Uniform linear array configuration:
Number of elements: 12
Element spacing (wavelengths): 0.25
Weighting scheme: uniform
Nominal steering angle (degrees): -30
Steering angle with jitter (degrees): -28.096
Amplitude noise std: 0.05
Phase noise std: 0.05

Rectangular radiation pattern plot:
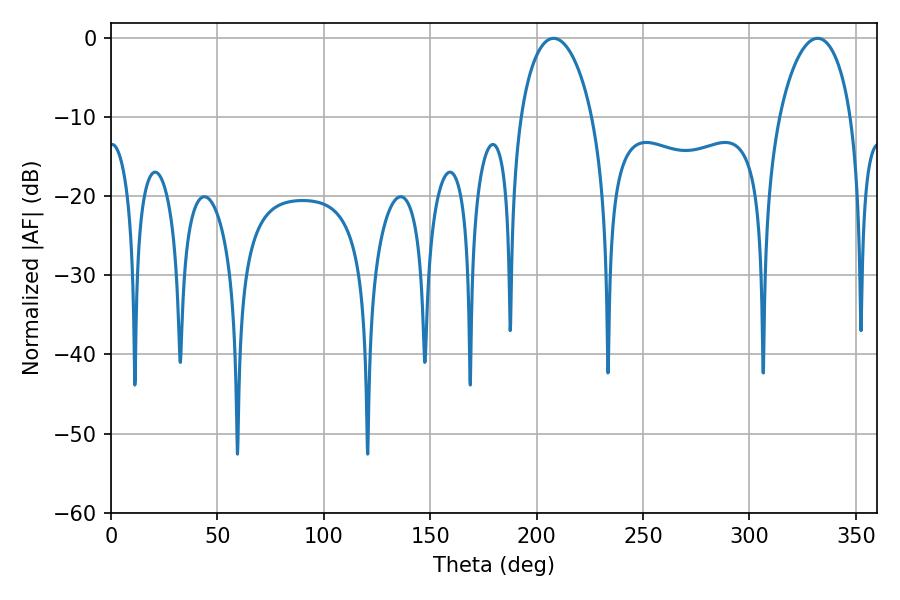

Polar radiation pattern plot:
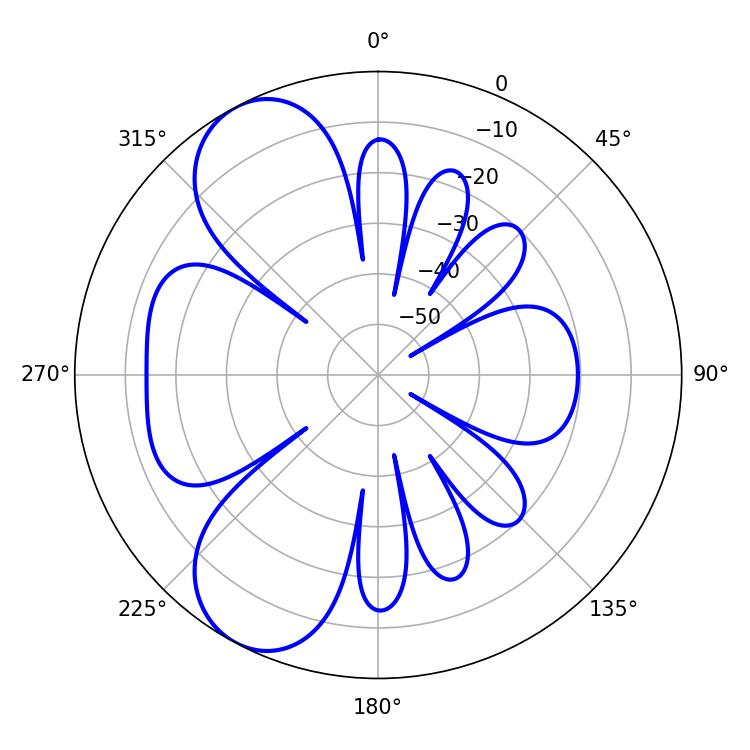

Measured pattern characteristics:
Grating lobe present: FALSE
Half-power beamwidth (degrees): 19.44
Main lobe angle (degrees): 207.9